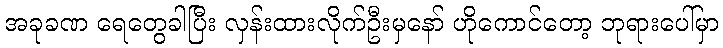
အခုခဏ ရေတွေခါပြီး လှန်းထားလိုက်ဦးမှနော် ဟိုကောင်တော့ ဘုရားပေါ်မှာ